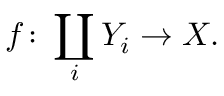
f \colon \coprod _ { i } Y _ { i } \to X .